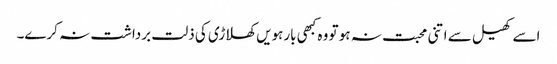
اسے کھیل سے اتنی محبت نہ ہو تو وہ کبھی بارہویں کھلاڑی کی ذلت برداشت نہ کرے۔